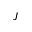
J